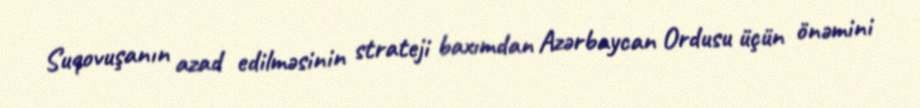
Suqovuşanın azad edilməsinin strateji baxımdan Azərbaycan Ordusu üçün önəmini